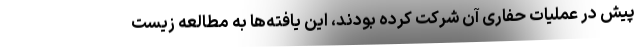
پیش در عملیات حفاری آن شرکت کرده بودند، این یافته‌ها به مطالعه زیست